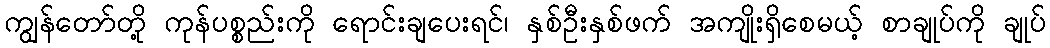
ကျွန်တော်တို့ ကုန်ပစ္စည်းကို ရောင်းချပေးရင်၊ နှစ်ဦးနှစ်ဖက် အကျိုးရှိစေမယ့် စာချုပ်ကို ချုပ်